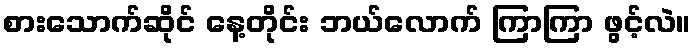
စားသောက်ဆိုင် နေ့တိုင်း ဘယ်လောက် ကြာကြာ ဖွင့်လဲ။